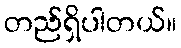
တည်ရှိပါတယ်။